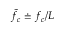
\tilde { f _ { c } } \doteq f _ { c } / L